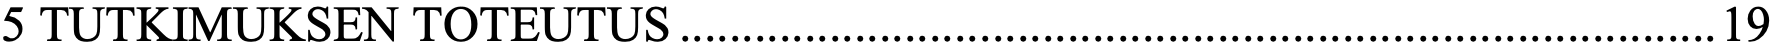
5 TUTKIMUKSEN TOTEUTUS ................................................................................... 19